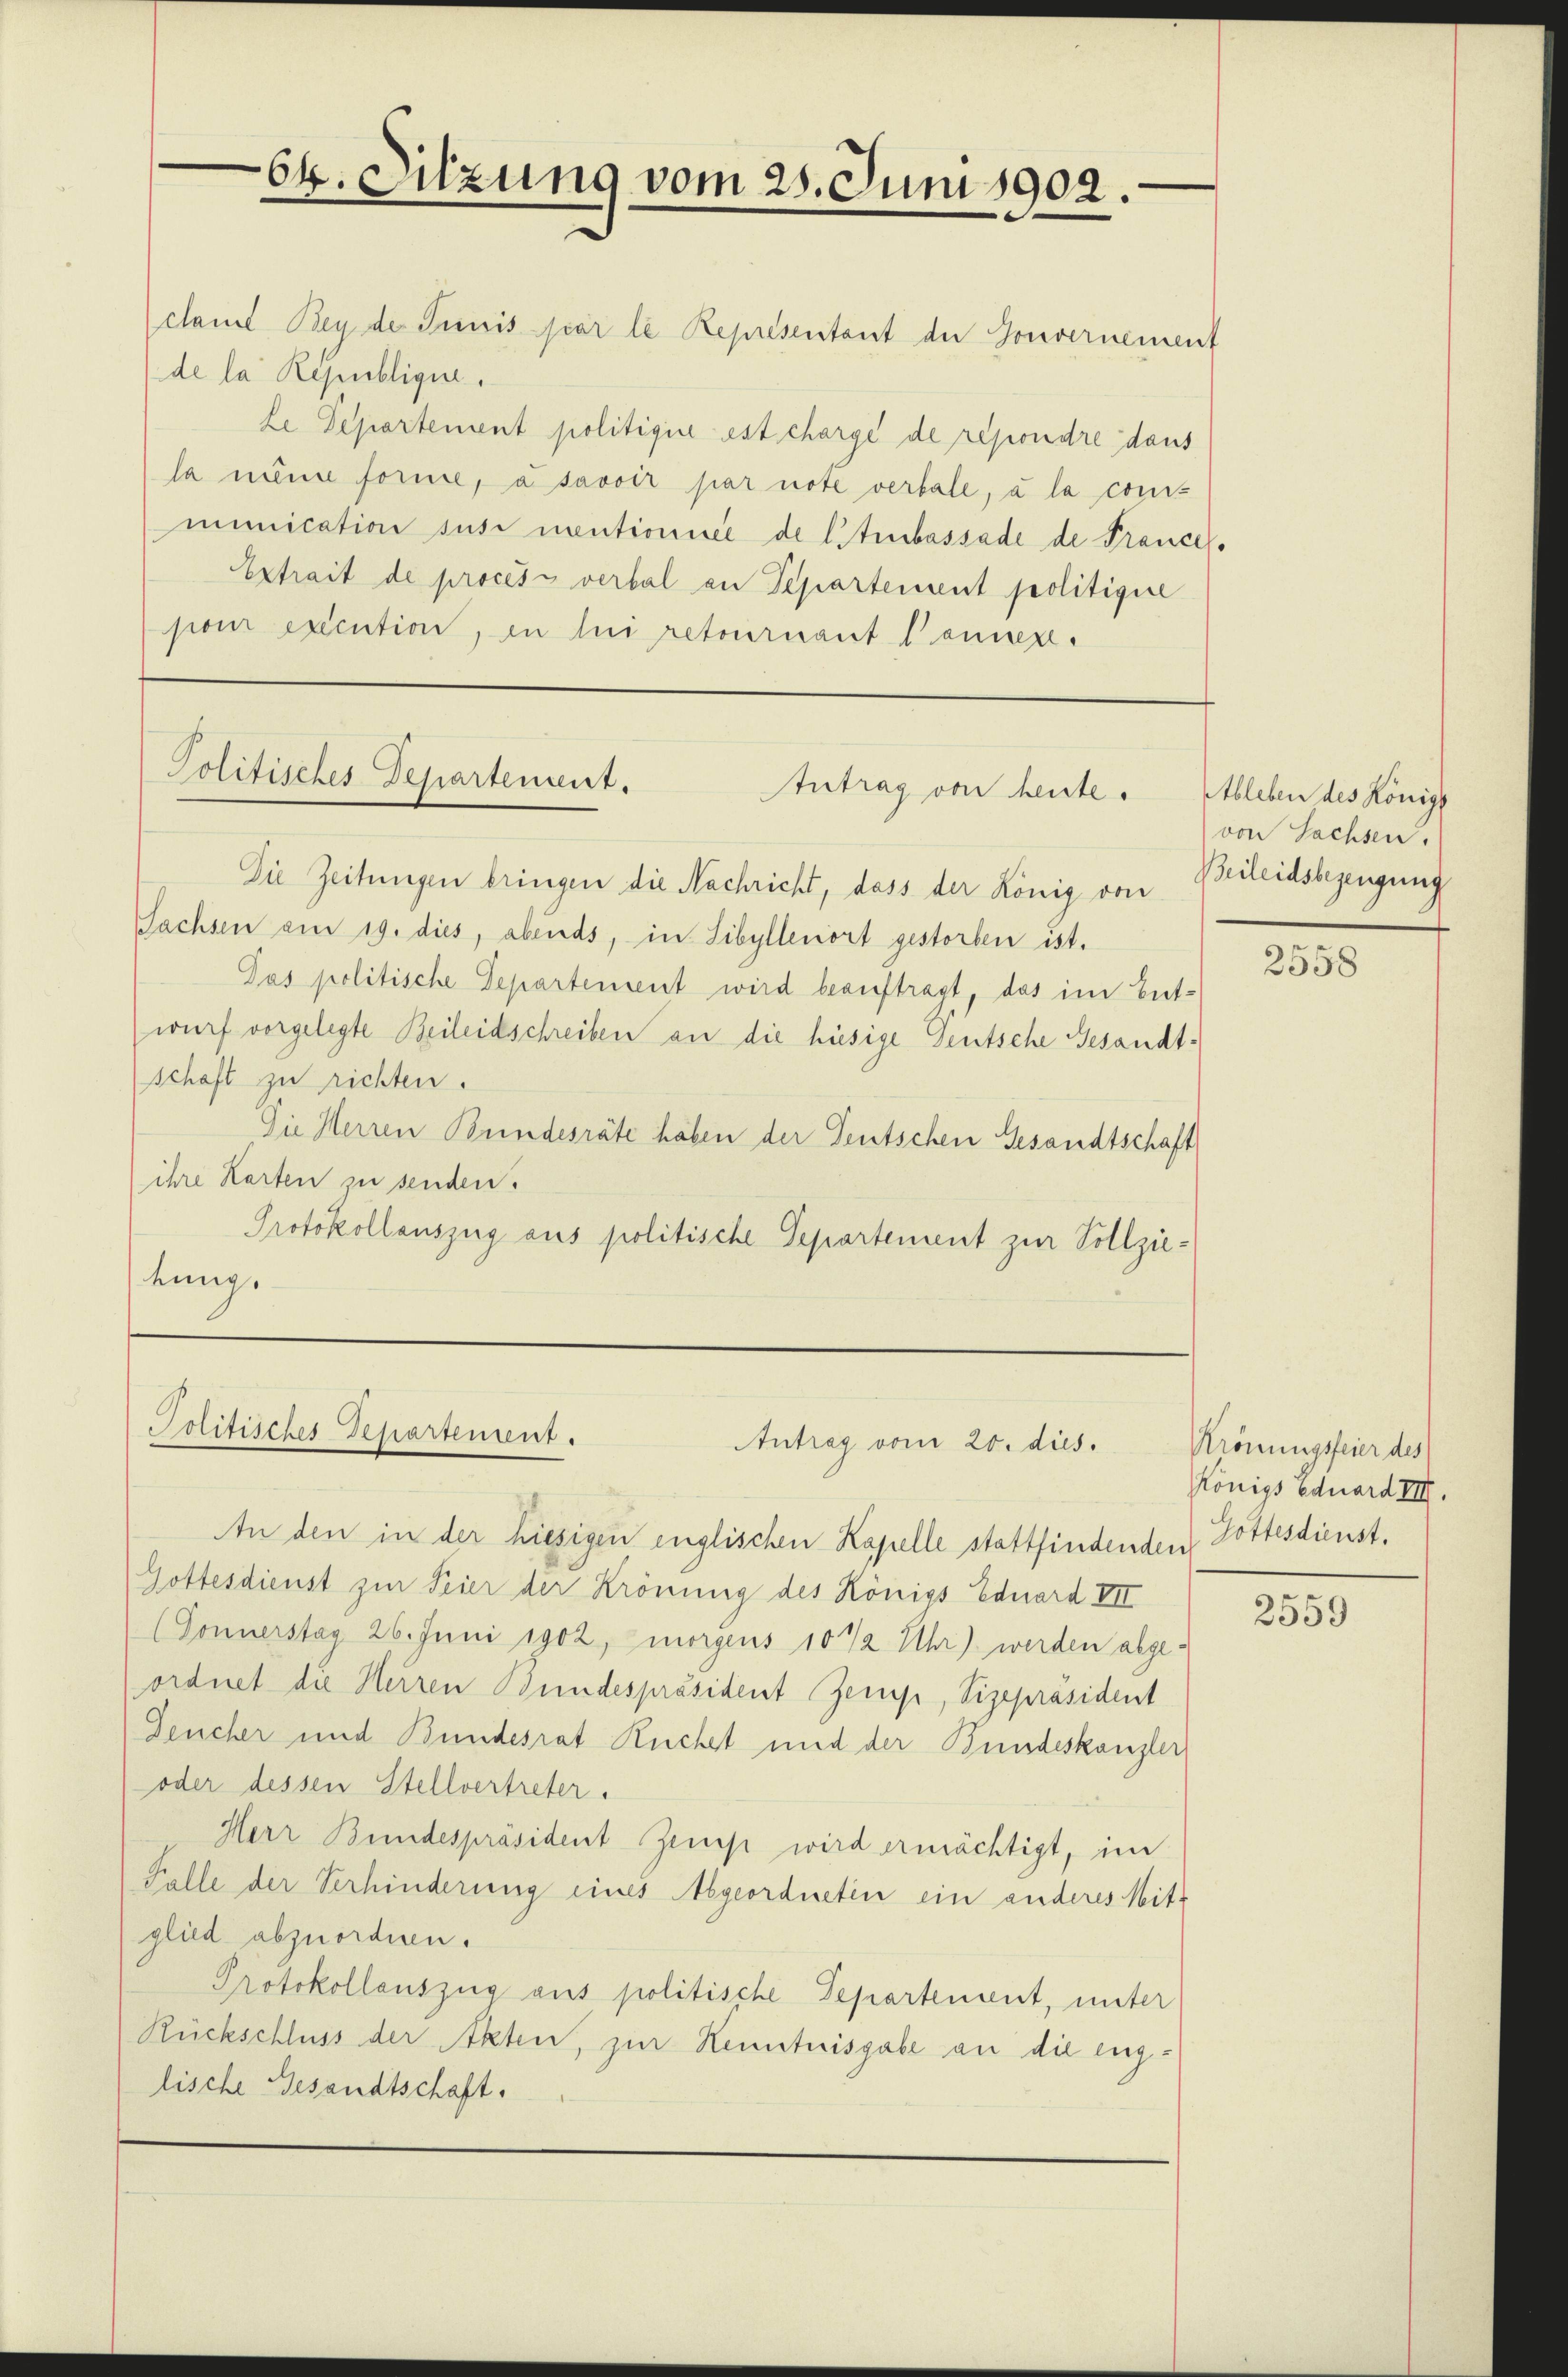
64. Sitzung vom 25. Juni 1902.

clamit Bey der Preis par le Representant der Gouvernement
de la Rämblique.
Le Departement politigic est charge de repondre daus
la nun forme, à savoir par note verbale, à la con-
munication susi mentionnée de Citrbassade de Frances.
Extrait de process verbal an Separtement politisire
pour execution, in lui retournant Pannen.

Politisches Departement.
Antrag von heute.

Die Zeitungen bringen die Nachricht, dass der König von
Sachsen am 19. dies, abends, in Sibyllenort gestorben ist.
Pas politische Departement wird beauftragt, das im Entwurf vorgelegte Beileidschreiben an die hiesige Teutsche Gesandtschaft zu richten.
Die Herren Bundesräte haben der Teutschen Gesandtschaft
ihre Karten zu senden.
Protokollauszug aus politische Separtement zur Vollziekung

Politisches Departement.
Antrag vom 20. dies.

An den in der hiesigen englischen Kapelle stattfindenden
Gottesdienst zur Feier der Krönung des Königs Eduard VII
(Sonnerstag 26. Juni 1902, morgens 10 1/2 Uhr) werden abgeordnet die Herren Bundespräsident Zemp, Vizepräsident
Deucher und Bundesrat Ruchet und der Bundeskanzler,
oder dessen Stellvertreter.
Herr Bundespräsident Zemp wird ermächtigt, im
Falle der Verhinderung eines Abgeordneten ein anderes Mit-
glied abzuordnen.
Protokollauszug aus politische Departement, unter
Rückschluss der Akten, zur Kenntnisgabe an die englische Gesandtschaft.

Ableben des Königl
von Sachsen.
Beileidsbezeugung

2558

Krönungsfeier des
Königs Eduard VIII
Gottesdienst.

2559